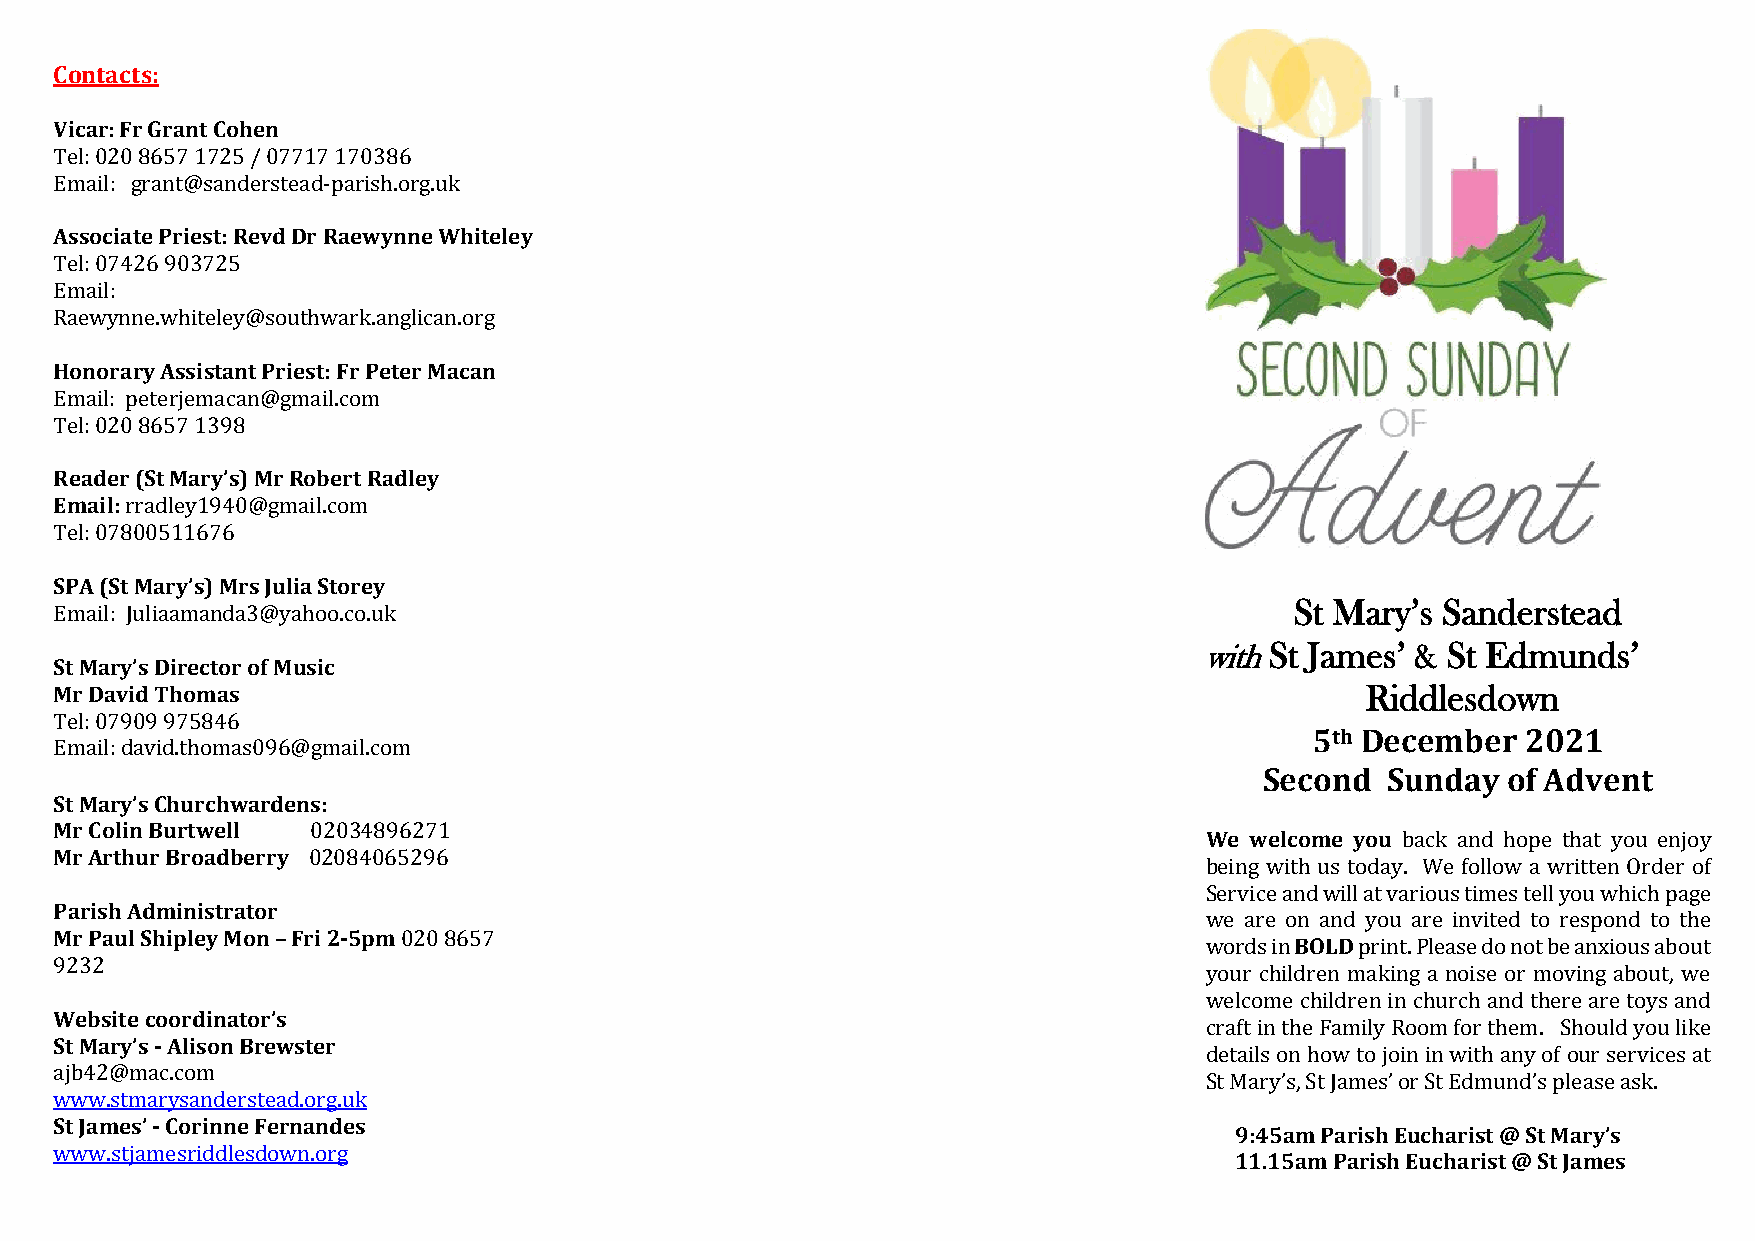
Contacts:
 Vicar: Fr Grant Cohen
 Tel: 020 8657 1725 / 07717 170386
 Email: grant@sanderstead-parish.org.uk
 Associate Priest: Revd Dr Raewynne Whiteley
 Tel: 07426 903725
 Email:
 Raewynne.whiteley@southwark.anglican.org
 Honorary Assistant Priest: Fr Peter Macan
 Email: peterjemacan@gmail.com
 Tel: 020 8657 1398
 Reader (St Mary’s) Mr Robert Radley
 Email: rradley1940@gmail.com
 Tel: 07800511676
 SPA (St Mary’s) Mrs Julia Storey
 Email: Juliaamanda3@yahoo.co.uk
 St Mary’s Sanderstead
 with St James’ & St Edmunds’
 St Mary’s Director of Music
 Mr David Thomas                                                                       Riddlesdown
 Tel: 07909 975846
 Email: david.thomas096@gmail.com
 5th December  2021
 Second  Sunday  of Advent
 St Mary’s Churchwardens:
 Mr Colin Burtwell 02034896271
 We welcome you back and hope that you enjoy
 Mr Arthur Broadberry 02084065296
 being with us today. We follow a written Order of
 Service and will at various times tell you which page
 Parish Administrator
 we are on and you are invited to respond to the
 Mr Paul Shipley Mon – Fri 2-5pm 020 8657
 words in BOLD print. Please do not be anxious about
 9232
 your children making a noise or moving about, we
 welcome children in church and there are toys and
 Website coordinator’s
 craft in the Family Room for them. Should you like
 St Mary’s - Alison Brewster
 details on how to join in with any of our services at
 ajb42@mac.com
 St Mary’s, St James’ or St Edmund’s please ask.
 www.stmarysanderstead.org.uk
 St James’ - Corinne Fernandes
 9:45am Parish Eucharist @ St Mary’s
 www.stjamesriddlesdown.org
 11.15am Parish Eucharist @ St James